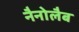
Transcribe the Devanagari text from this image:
नैनोलैब